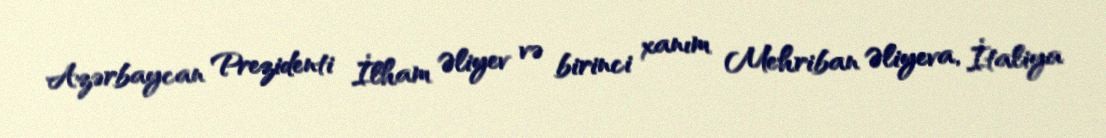
Azərbaycan Prezidenti İlham Əliyev və birinci xanım Mehriban Əliyeva, İtaliya